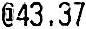
@43.37